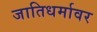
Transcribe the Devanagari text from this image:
जातिधर्मावर